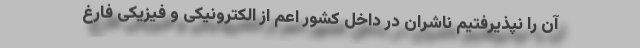
آن را نپذیرفتیم ناشران در داخل کشور اعم از الکترونیکی و فیزیکی فارغ